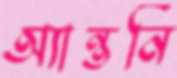
অ্যান্তনি